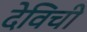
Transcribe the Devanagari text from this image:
देविची